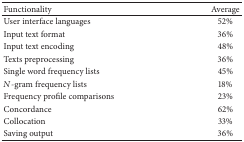
| Functionality | Average |
 | --- | --- |
 | User interface languages | 52% |
 | Input text format | 36% |
 | Input text encoding | 48% |
 | Texts preprocessing | 36% |
 | Single word frequency lists | 45% |
 | N-gram frequency lists | 18% |
 | Frequency profile comparisons | 23% |
 | Concordance | 62% |
 | Collocation | 33% |
 | Saving output | 36% |